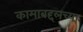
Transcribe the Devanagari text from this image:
कामाबद्दलच्या